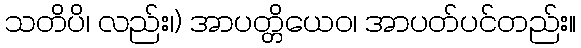
သတိပိ၊ လည်း၊) အာပတ္တိယေဝ၊ အာပတ်ပင်တည်း။